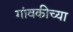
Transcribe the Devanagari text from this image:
गांवकीच्या